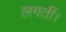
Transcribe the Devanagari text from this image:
लगतीं।